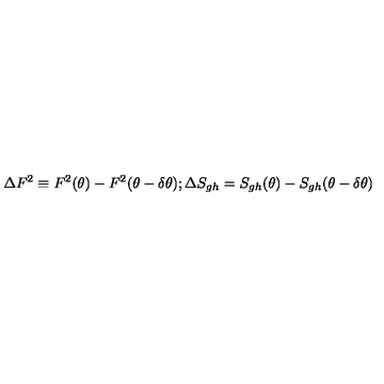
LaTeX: \Delta F ^ { 2 } \equiv F ^ { 2 } ( \theta ) - F ^ { 2 } ( \theta - \delta \theta ) ; \Delta S _ { g h } = S _ { g h } ( \theta ) - S _ { g h } ( \theta - \delta \theta )